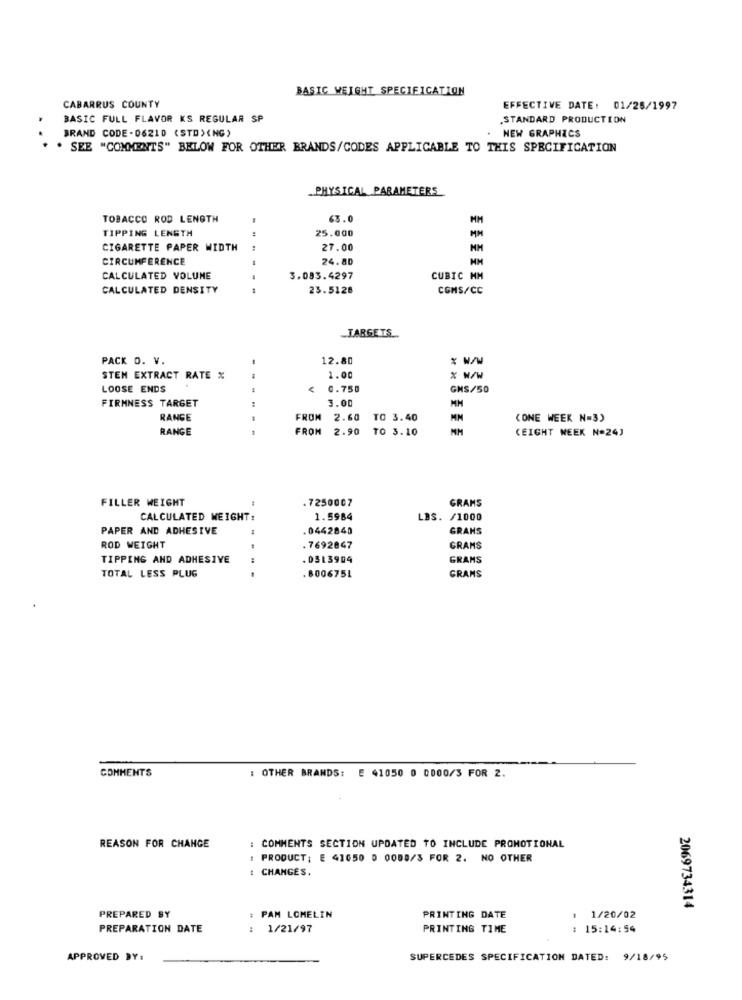
BASIC WEIGHT SPECIFICATION
CABARRUS COUNTY
EFFECTIVE DATE: 01/25/1997
BASIC FULL FLAVOR KS REGULAR SP
.STANDARD PRODUCTION
BRAND CODE-06210 (STD> <NG)
NEW GRAPHICS
. SEE "COMMENTS" BELOW FOR OTHER BRANDS/CODES APPLICABLE TO THIS SPECIFICATION
PHYSICAL PARAMETERS
TOBACCO ROD LENGTH
63.0
MM
TIPPING LENGTH
25.000
CIGARETTE PAPER WIDTH
:
27.00
CIRCUMFERENCE
24.80
CALCULATED VOLUME
3.083.4297
CUBIC MM
CALCULATED DENSITY
23.5128
COMS/CC
TARGETS
PACK O. V.
12.80
* w/W
STEM EXTRACT RATE %
1.00
% w/W
LOOSE ENDS
0.750
GNS/50
FIRMNESS TARGET
3.00
MM
RANGE
FROM 2.60
TO 3.40
MM
(ONE WEEK N=3)
RANGE
FROM
2.90
TO 3.10
MM
(EIGHT WEEK N=24)
FILLER WEIGHT
.7250007
GRAMS
CALCULATED WEIGHT:
1.5984
LBS. /1000
PAPER AND ADHESIVE
.0442840
GRANS
ROD WEIGHT
.7692847
GRAMS
TIPPING AND ADHESIVE
.0313904
GRAMS
TOTAL LESS PLUG
.800675L
GRANS
COMMENTS
: OTHER BRANDS: E 41050 0 0000/3 FOR 2.
REASON FOR CHANGE
: COMMENTS SECTION UPDATED TO INCLUDE PROMOTIONAL
: PRODUCT: E 41050 0 0008/3 FOR 2. NO OTHER
: CHANGES.
2069734314
PREPARED BY
: PAM LOMELIN
PRINTING DATE
1/20/02
PREPARATION DATE
: 1/21/97
PRINTING TIME
: 15:14:54
APPROVED BY:
SUPERCEDES SPECIFICATION DATED: 9/18/95